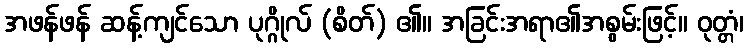
အဖန်ဖန် ဆန့်ကျင်သော ပုဂ္ဂိုလ် (စိတ်) ၏။ အခြင်းအရာ၏အစွမ်းဖြင့်။ ဝုတ္တံ၊